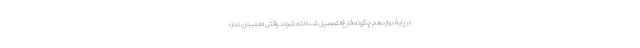
در پایۀ دوازدهم چگونه فارغ‌التحصیل شناخته شوند وقتی اطمینان ندارد